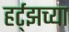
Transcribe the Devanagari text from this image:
हर्ट्‌झच्या